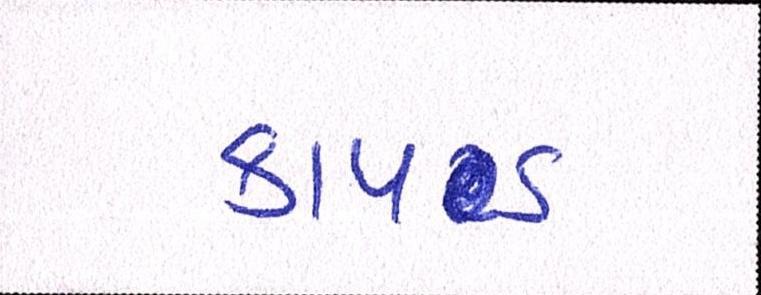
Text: કાપડ